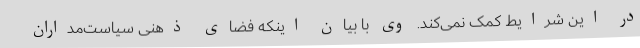
در این شرایط کمک نمی‌کند. وی با بیان اینکه فضای ذهنی سیاست‌مداران